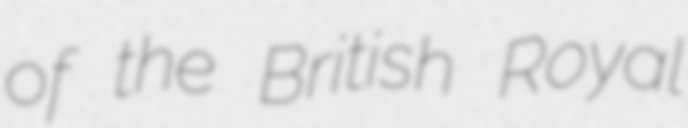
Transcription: of the British Royal